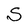
Character: S